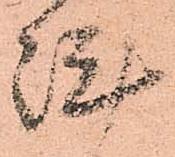
陣